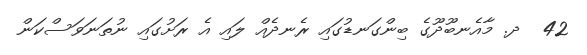
42  ދ. މާއެނބޫދޫގެ ބިންގަނޑުގައި ރެނދެއް ލައި އެ ރަށުގައި ނުތަނަވަސްކަން